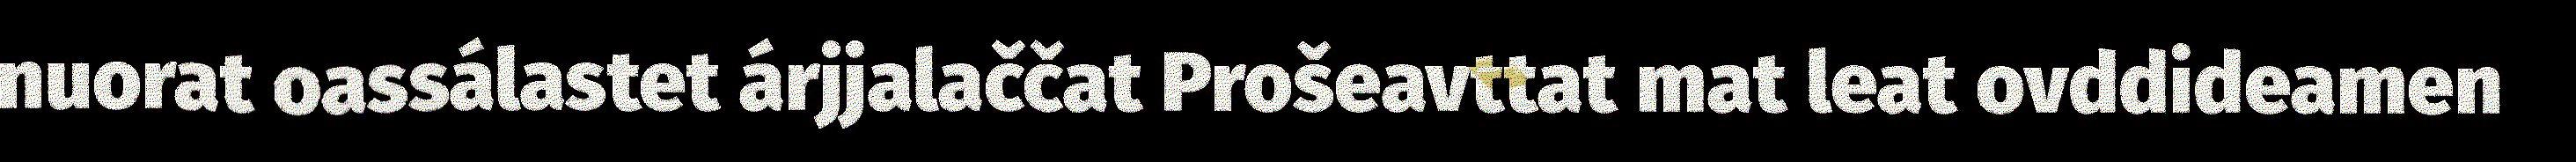
nuorat oassálastet árjjalaččat Prošeavttat mat leat ovddideamen